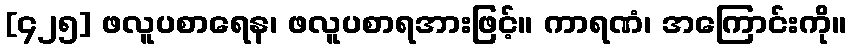
[၄၂၅] ဖလူပစာရေန၊ ဖလူပစာရအားဖြင့်။ ကာရဏံ၊ အကြောင်းကို။